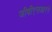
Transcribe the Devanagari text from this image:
जीबीएसआरने